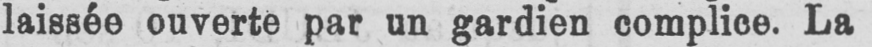
laissée ouverte par un gardien complice. La